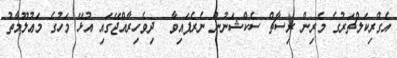
އެގްރިކަލްޗަރުގެ މެރިން ރިސާޗް ސެކްޝަނުން ނެރެފައިވާ  ދިވެހިރާއްޖޭގައި އުޅޭ މަހުގެ މަޢުލޫމާތު